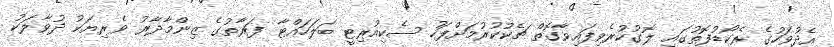
އެދުވަހުގެ ރެކޯޑުފޮތުގައި ލޮގުކުރެވިފައިވާގޮތް ޗެކުކުރުމަށްފަހު ސެކިއުރިޓީ ބަލަހައްޓާ ފަރާތުގެ ޒިންމާދާރު ވެރިޔަކު ދުވާލަކު